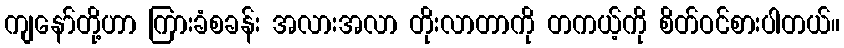
ကျနော်တို့ဟာ ကြားခံစခန်း အလားအလာ တိုးလာတာကို တကယ့်ကို စိတ်ဝင်စားပါတယ်။